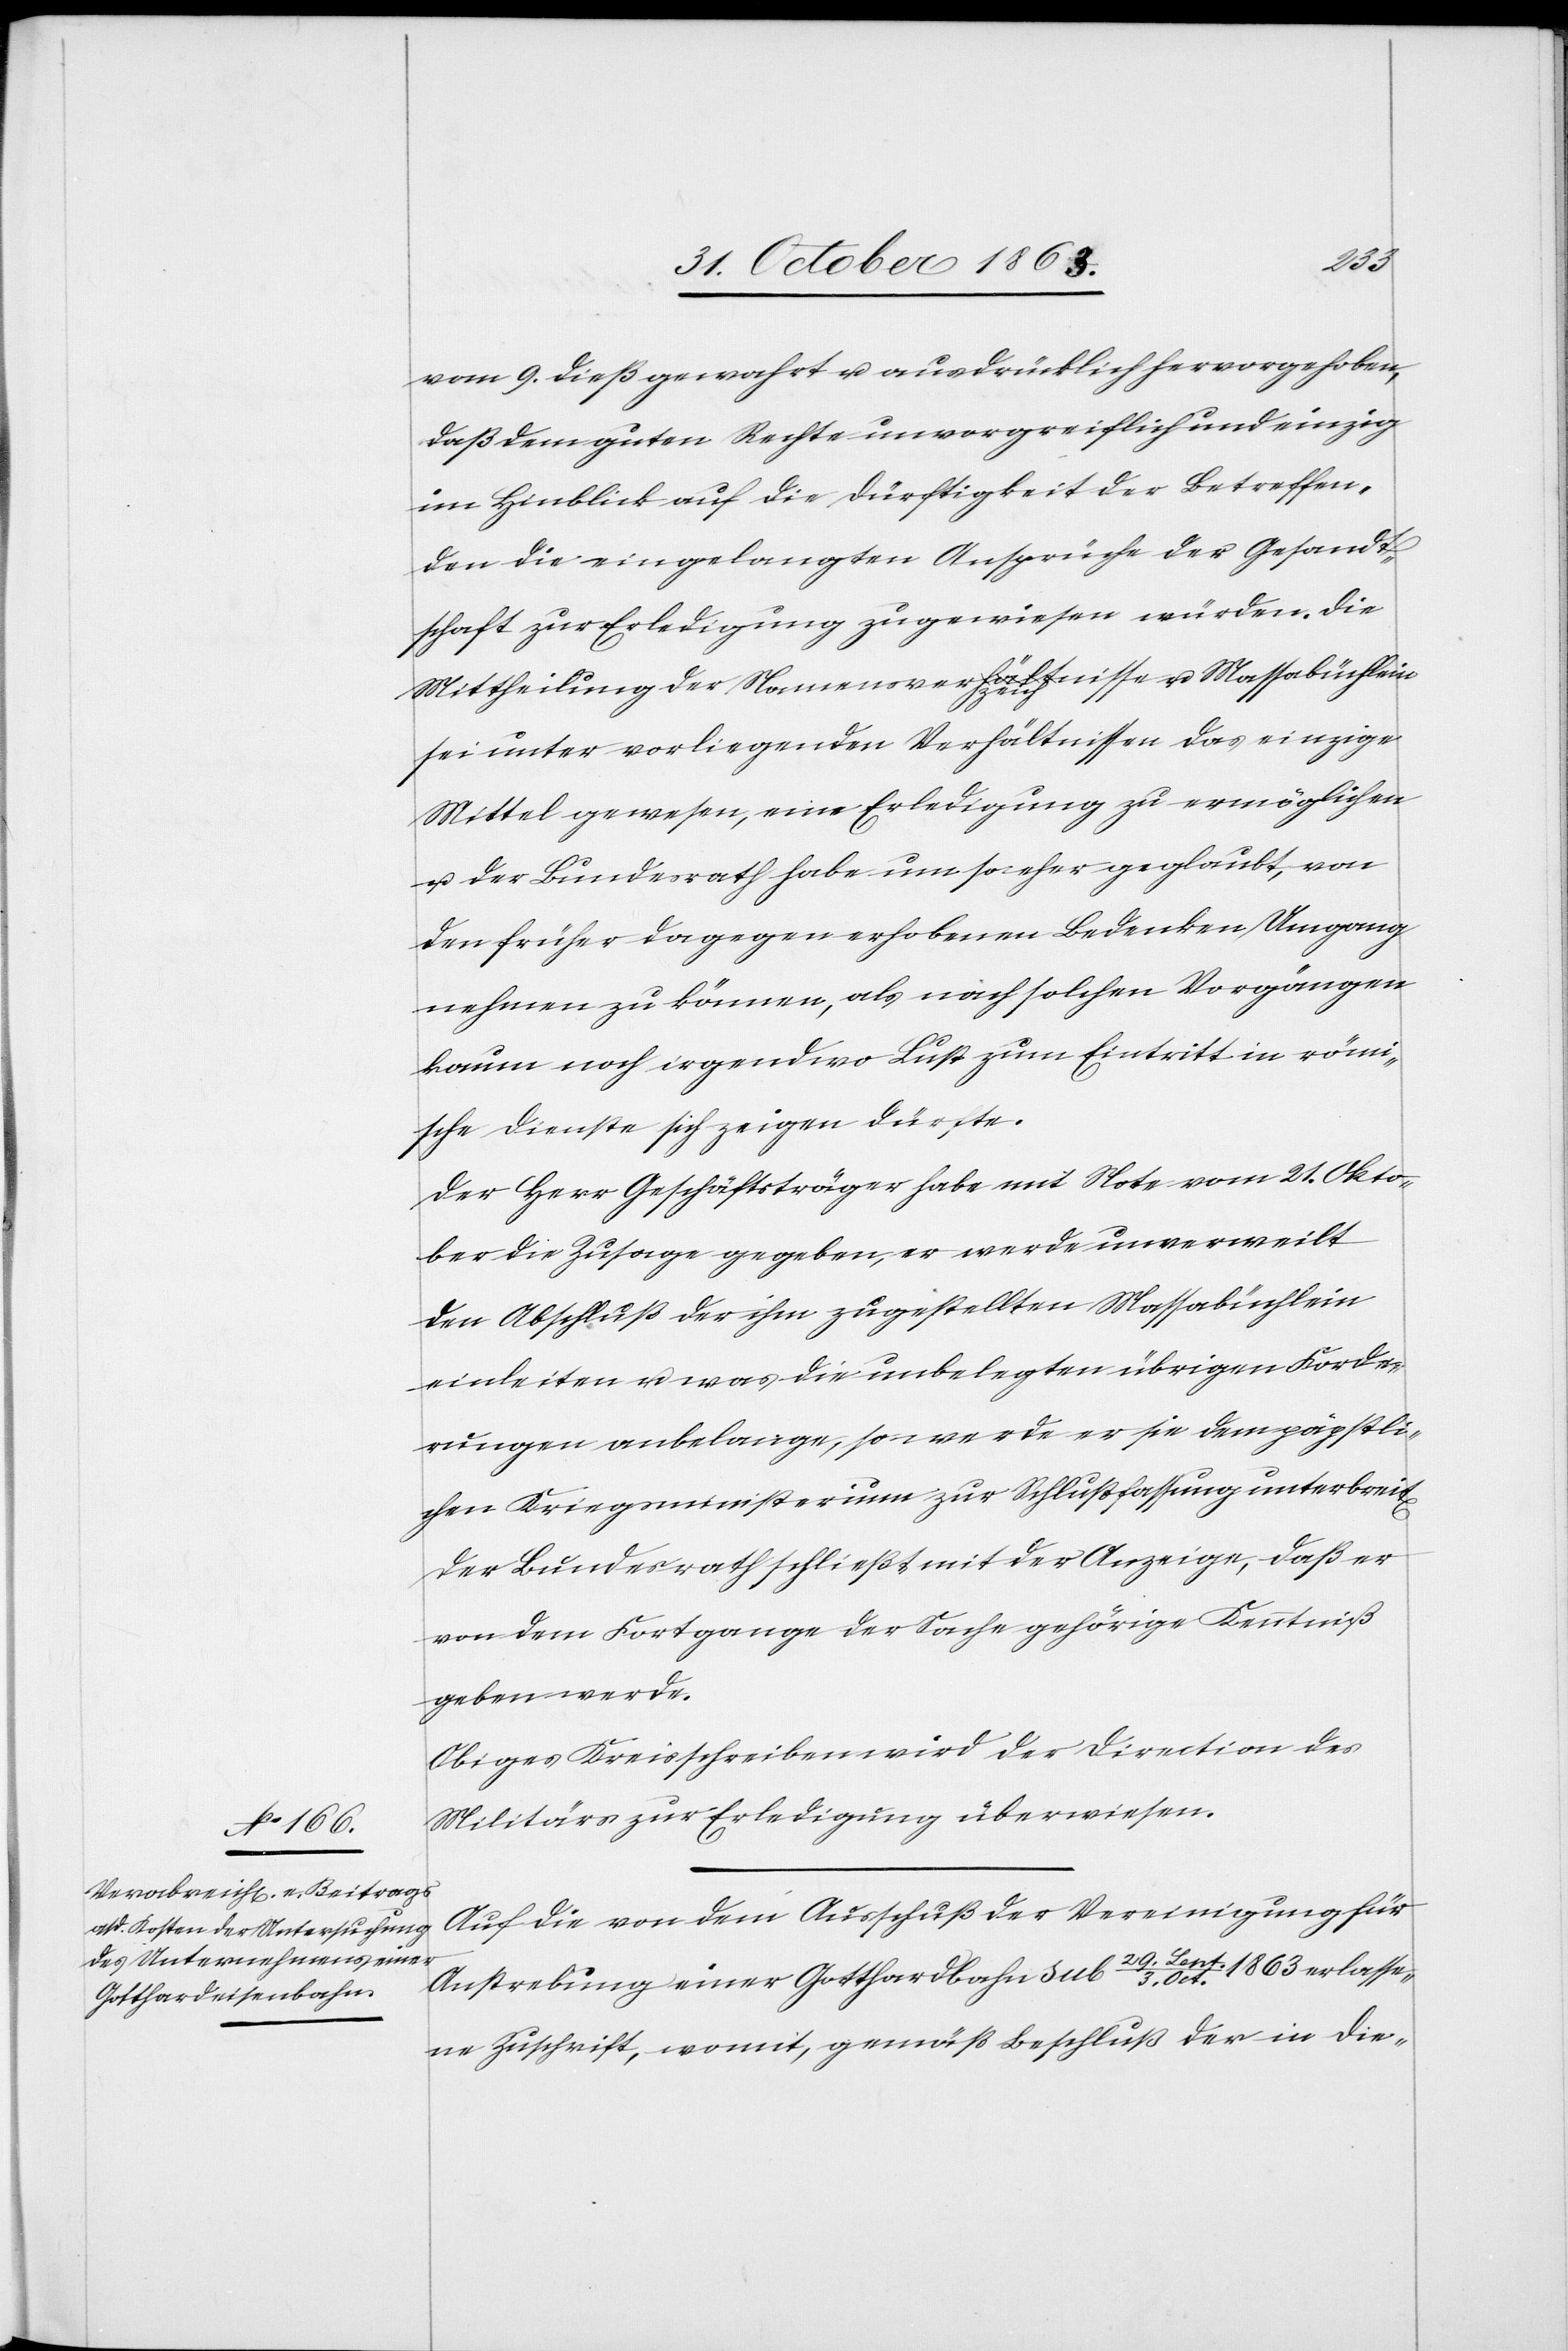
t[en].
vom 9. dieß gewahrt u. ausdrücklich hervorgehoben,
daß dem guten Rechte unvorgreiflich und einzig
im Hinblick auf die Dürftigkeit der Betreffen¬
den die eingelangten Ansprüche der Gesandt¬
schaft zur Erledigung zugewiesen würden. Die
Mittheilung der Namensver a-hält zeich-anisse u. Massabüchlein
sei unter vorliegenden Verhältnissen das einzige
Mittel gewesen, eine Erledigung zu ermöglichen
u. der Bundesrath habe um so eher geglaubt, von
den früher dagegen erhobenen Bedenken Umgang
nehmen zu können, als nach solchen Vorgängen
kaum noch irgendwo Lust zum Eintritt in römi¬
sche Dienste sich zeigen dürfte.
Der Herr Geschäftsträger habe mit Note vom 21. Okto¬
ber die Zusage gegeben, er werde unverweilt
den Abschluß der ihm zugestellten Massabüchlein
einleiten u. was die unbelegten übrigen Forde¬
rungen anbelange, so werde er sie dem päpstli¬
chen Kriegsministerium zur Schlußfassung unterbrei¬
Der Bundesrath schließt mit der Anzeige, daß er
von dem Fortgange der Sache gehörige Kenntniß
geben werde.
Obiges Kreisschreiben wird der Direction des
Militärs zur Erledigung überwiesen.
Auf die von dem Ausschuß der Vereinigung für
Anstrebung einer Gotthardbahn sub 29. Sept./3. Oct. 1863 erlasse¬
ne Zuschrift, womit, gemäß Beschluß der in die-